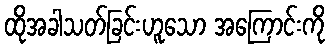
ထိုအခါသတ်ခြင်းဟူသော အကြောင်းကို